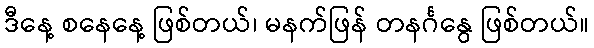
ဒီနေ့ စနေနေ့ ဖြစ်တယ်၊ မနက်ဖြန် တနင်္ဂနွေ ဖြစ်တယ်။